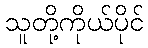
သူတို့ကိုယ်ပိုင်